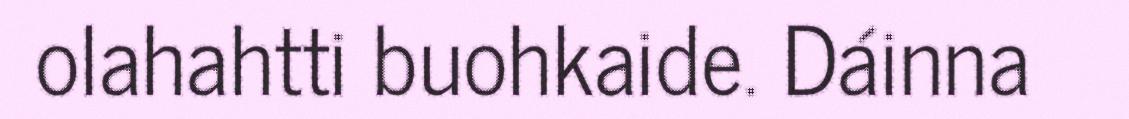
olahahtti buohkaide. Dáinna